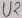
Text: U2